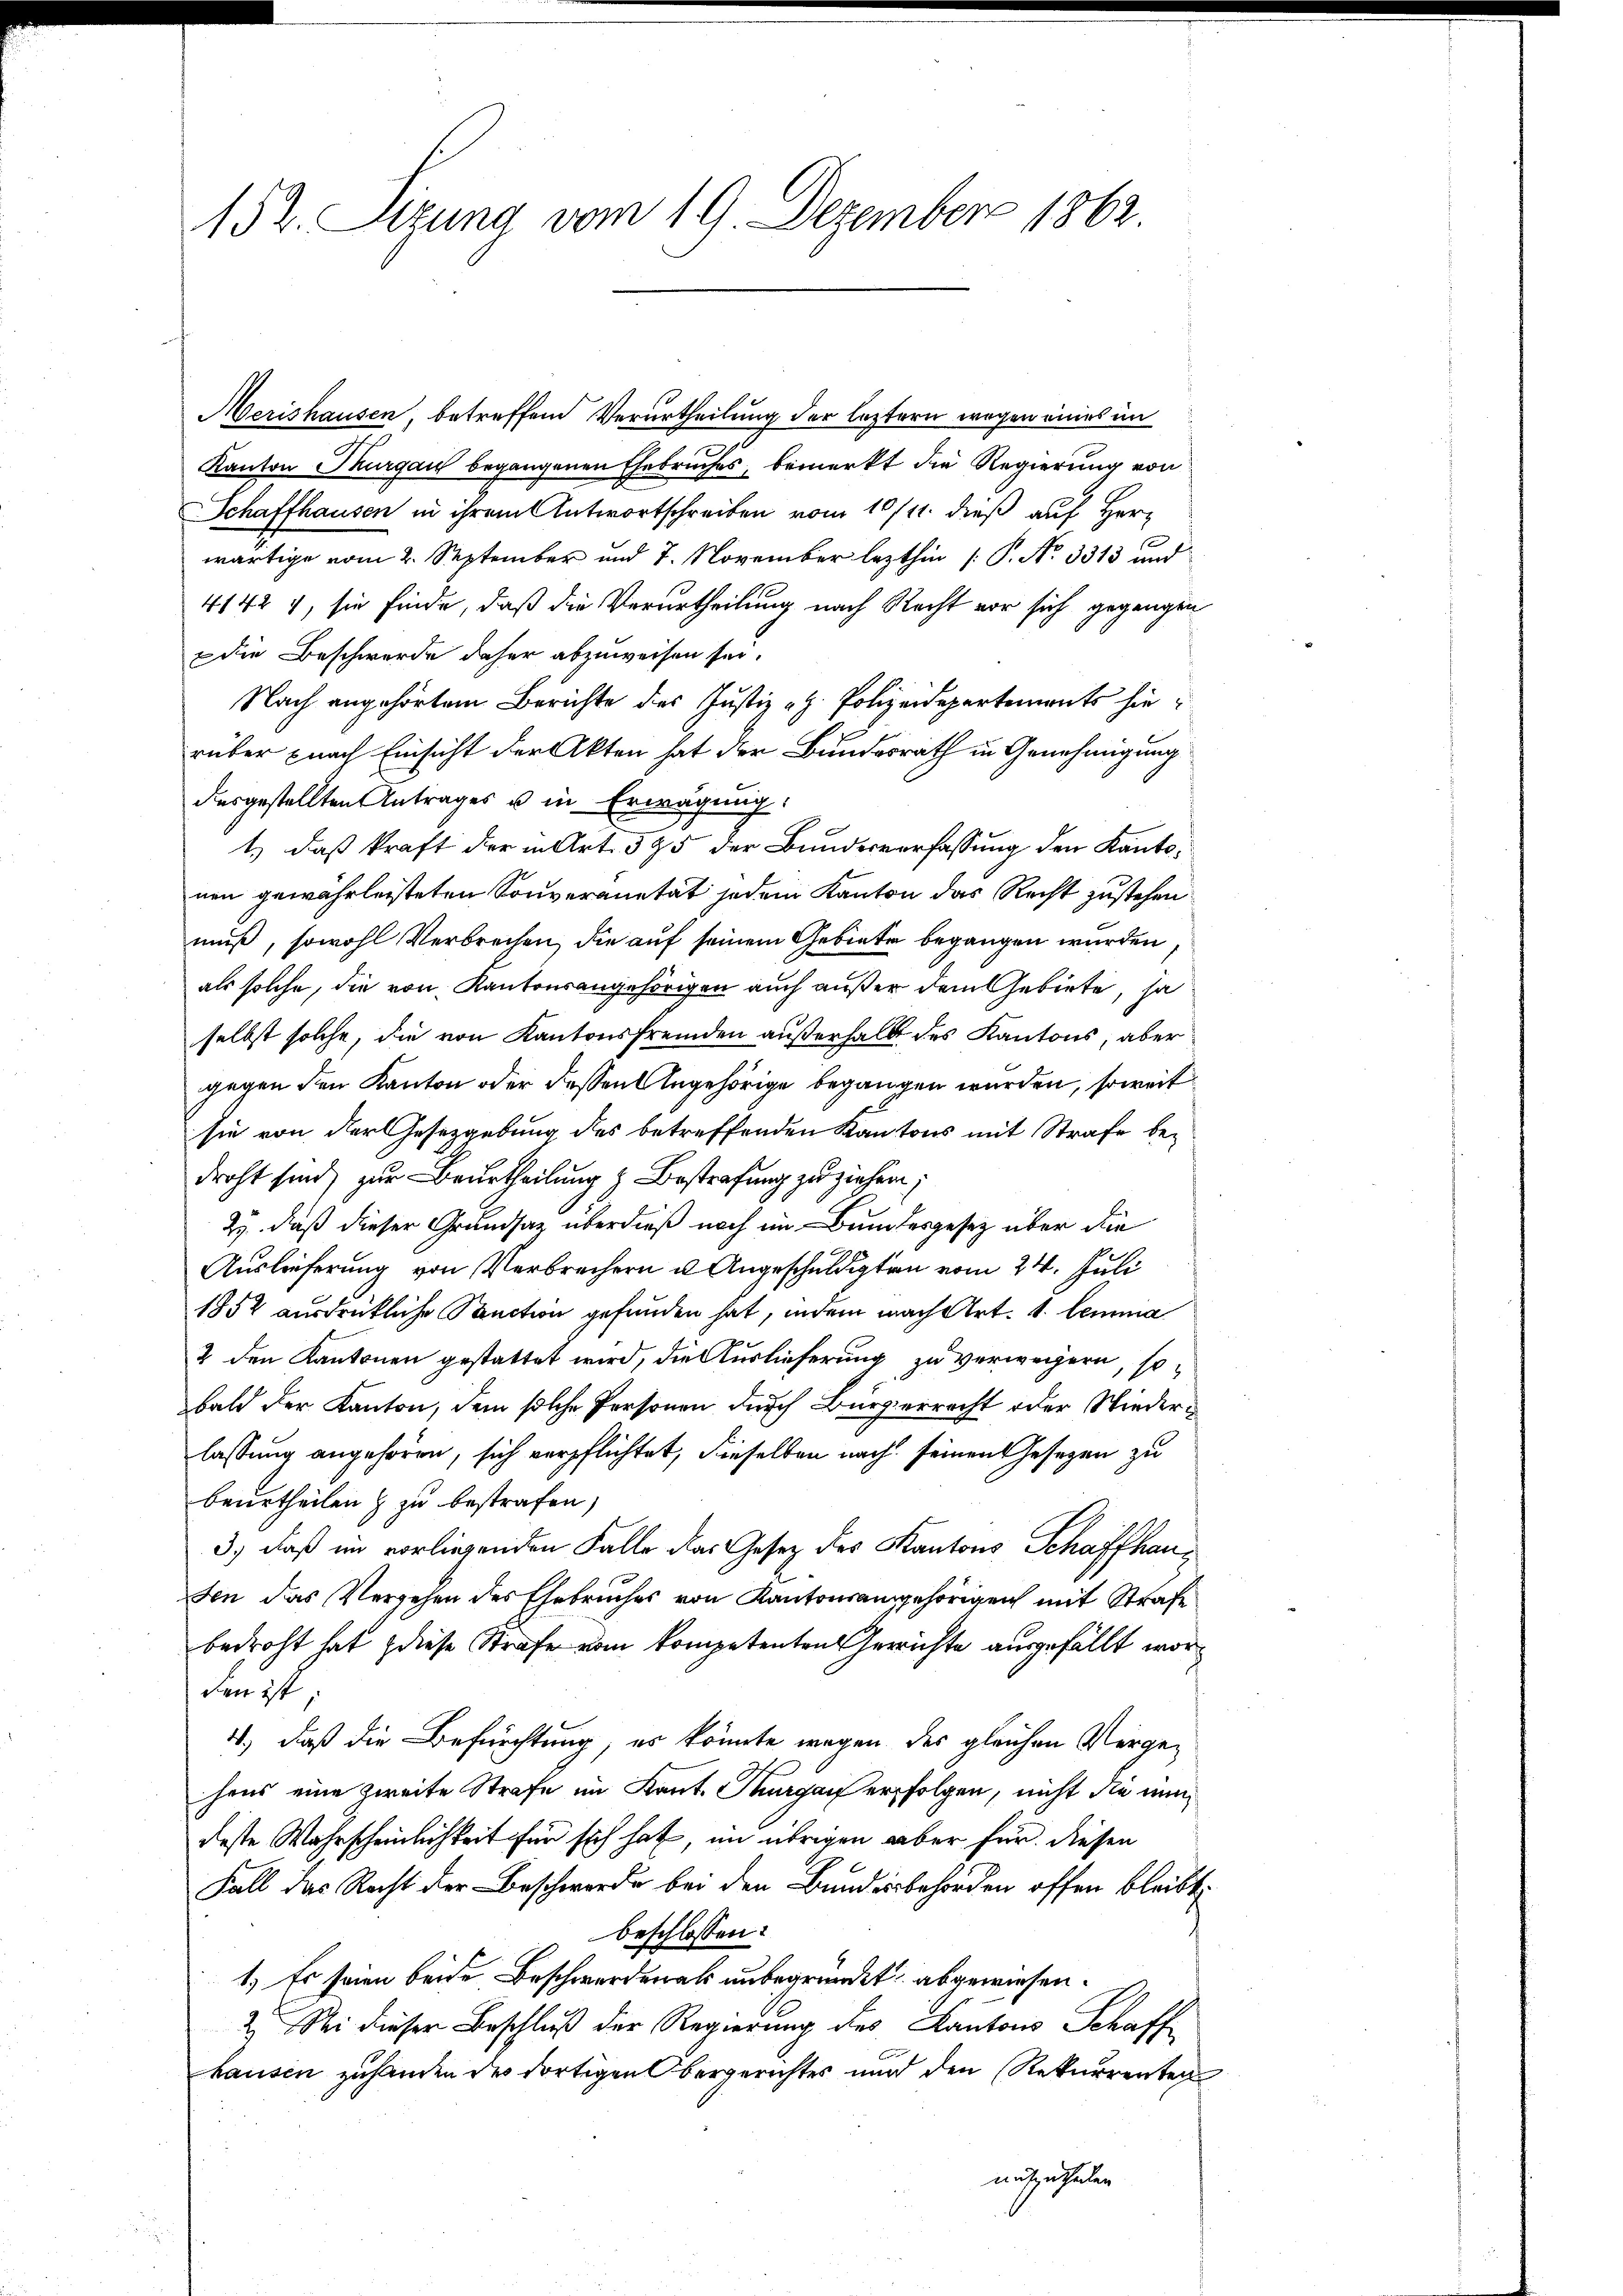
152. Sitzung vom 19. Dezember 1862.

Merishausen, betreffend Verurtheilung der leztern wegen eines im
Kanton Thurgau begangenen Ehebruches, bemerkt die Regierung von
Schaffhausen in ihrem Antwortschreiben vom 10/11. dieß auf Herr
s
wärtige vom 2. September und 7. November lezthin (: P. No 3313 und
41424, sie finde, daß die Verurtheilung nach Recht vor sich gegangen
 die Beschwerde daher abzuweisen sei.
Nach angehörtem Berichte des Justiz u. Polizeidepartements hierüber nach Einsicht der Akten hat der Bundesrath in Genehmigung
desgestellten Antrages u in Erwägung:
1.) daß kraft der in Art. 595 der Bundesverfassung den Kantonen gewährleisteten Souveranität jedem Kanton das Recht zustehen
muß, sowohl Verbrechen, die auf seinem Gebiete begangen wurden
als solche, die von Kantonsangehörigen auch außer dem Gebiete, sa
selbst solche, die von Kantonsfremden außerhalb des Kantons, aber
gegen den Kanton oder dessen Angehörige begangen wurden, soweit
sie von der Gesetzgebung des betreffenden Kantons mit Strafe bedroht sind zur Beurtheilung & Bestrafung zu ziehen;
23. daß dieser Grundsaz überdieß noch im Bundesgesetz über die
Auslieferung von Verbrechern u. Angeschuldigten vom 24. Juli
1852 ausdrückliche Panction gefunden hat, indem nach Art. 1. lemma
2 den Kantonen gestattet wird, die Auslieferung zu verweigern, so
bald der Kanton, dem solche Personen durch Bürgerrecht oder Niederlassung angehören, sich verpflichtet, dieselben nach seinen Gesetzen zu
beurtheilen & zu bestrafen,
3.) daß im vorliegenden Falle das Gesetz des Kantons Schaffhausen das Vergehen des Ehebruches von Kantonsangehörigen mit Strafe
bedroht hat diese Strafe vom kompetenten Gerichte ausgefällt worden ist
4.) daß die Befürchtung, es könnte wegen des gleichen Vergehens eine zweite Strafe im Kant. Thurgau erfolgen, nicht die nundeste Wahrscheinlichkeit für sich hat, im übrigen aber für diesen
Fall das Recht der Beschwerde bei den Bundesbehörden offen bleibt,
beschlossen:
1.) Es seien beide Beschwerden als unbegründet abgewiesen.
2. Sei dieser Beschluß der Regierung des Kantons Schaff
hausen zuhanden des dortigen Obergerichtes und den Rekurrenten
auftzutheilen